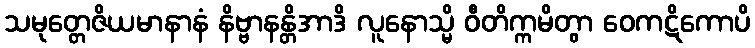
သမုတ္တေဇိယမာနာနံ နိဗ္ဗာနန္တိအာဒိ လူနောသ္မိ ဝီတိက္ကမိတွာ ဝေကဋိကောပိ